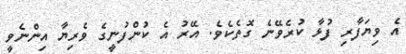
އެ ވިޔަފާރި ފުޅާ ކުރެވޭނެ ގޮތެކެވެ. އޭރު އެ ކުންފުނީގެ ވެރިޔާ އިންނެވީ